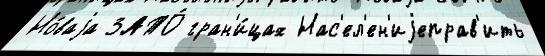
Но́ваjа ЗАТО́ гран'и́цах Нас'ел'ен'иjеправ'ить